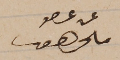
عن عضو ملحم سعيفان